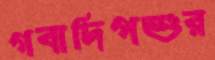
গবাদিপশুর